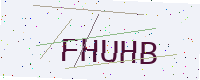
Text: FHUHB